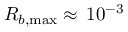
R _ { b , \operatorname* { m a x } } \approx \, 1 0 ^ { - 3 }